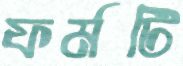
ফর্মটি